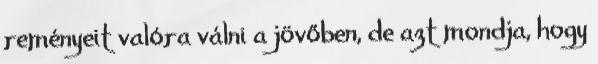
reményeit valóra válni a jövőben, de azt mondja, hogy